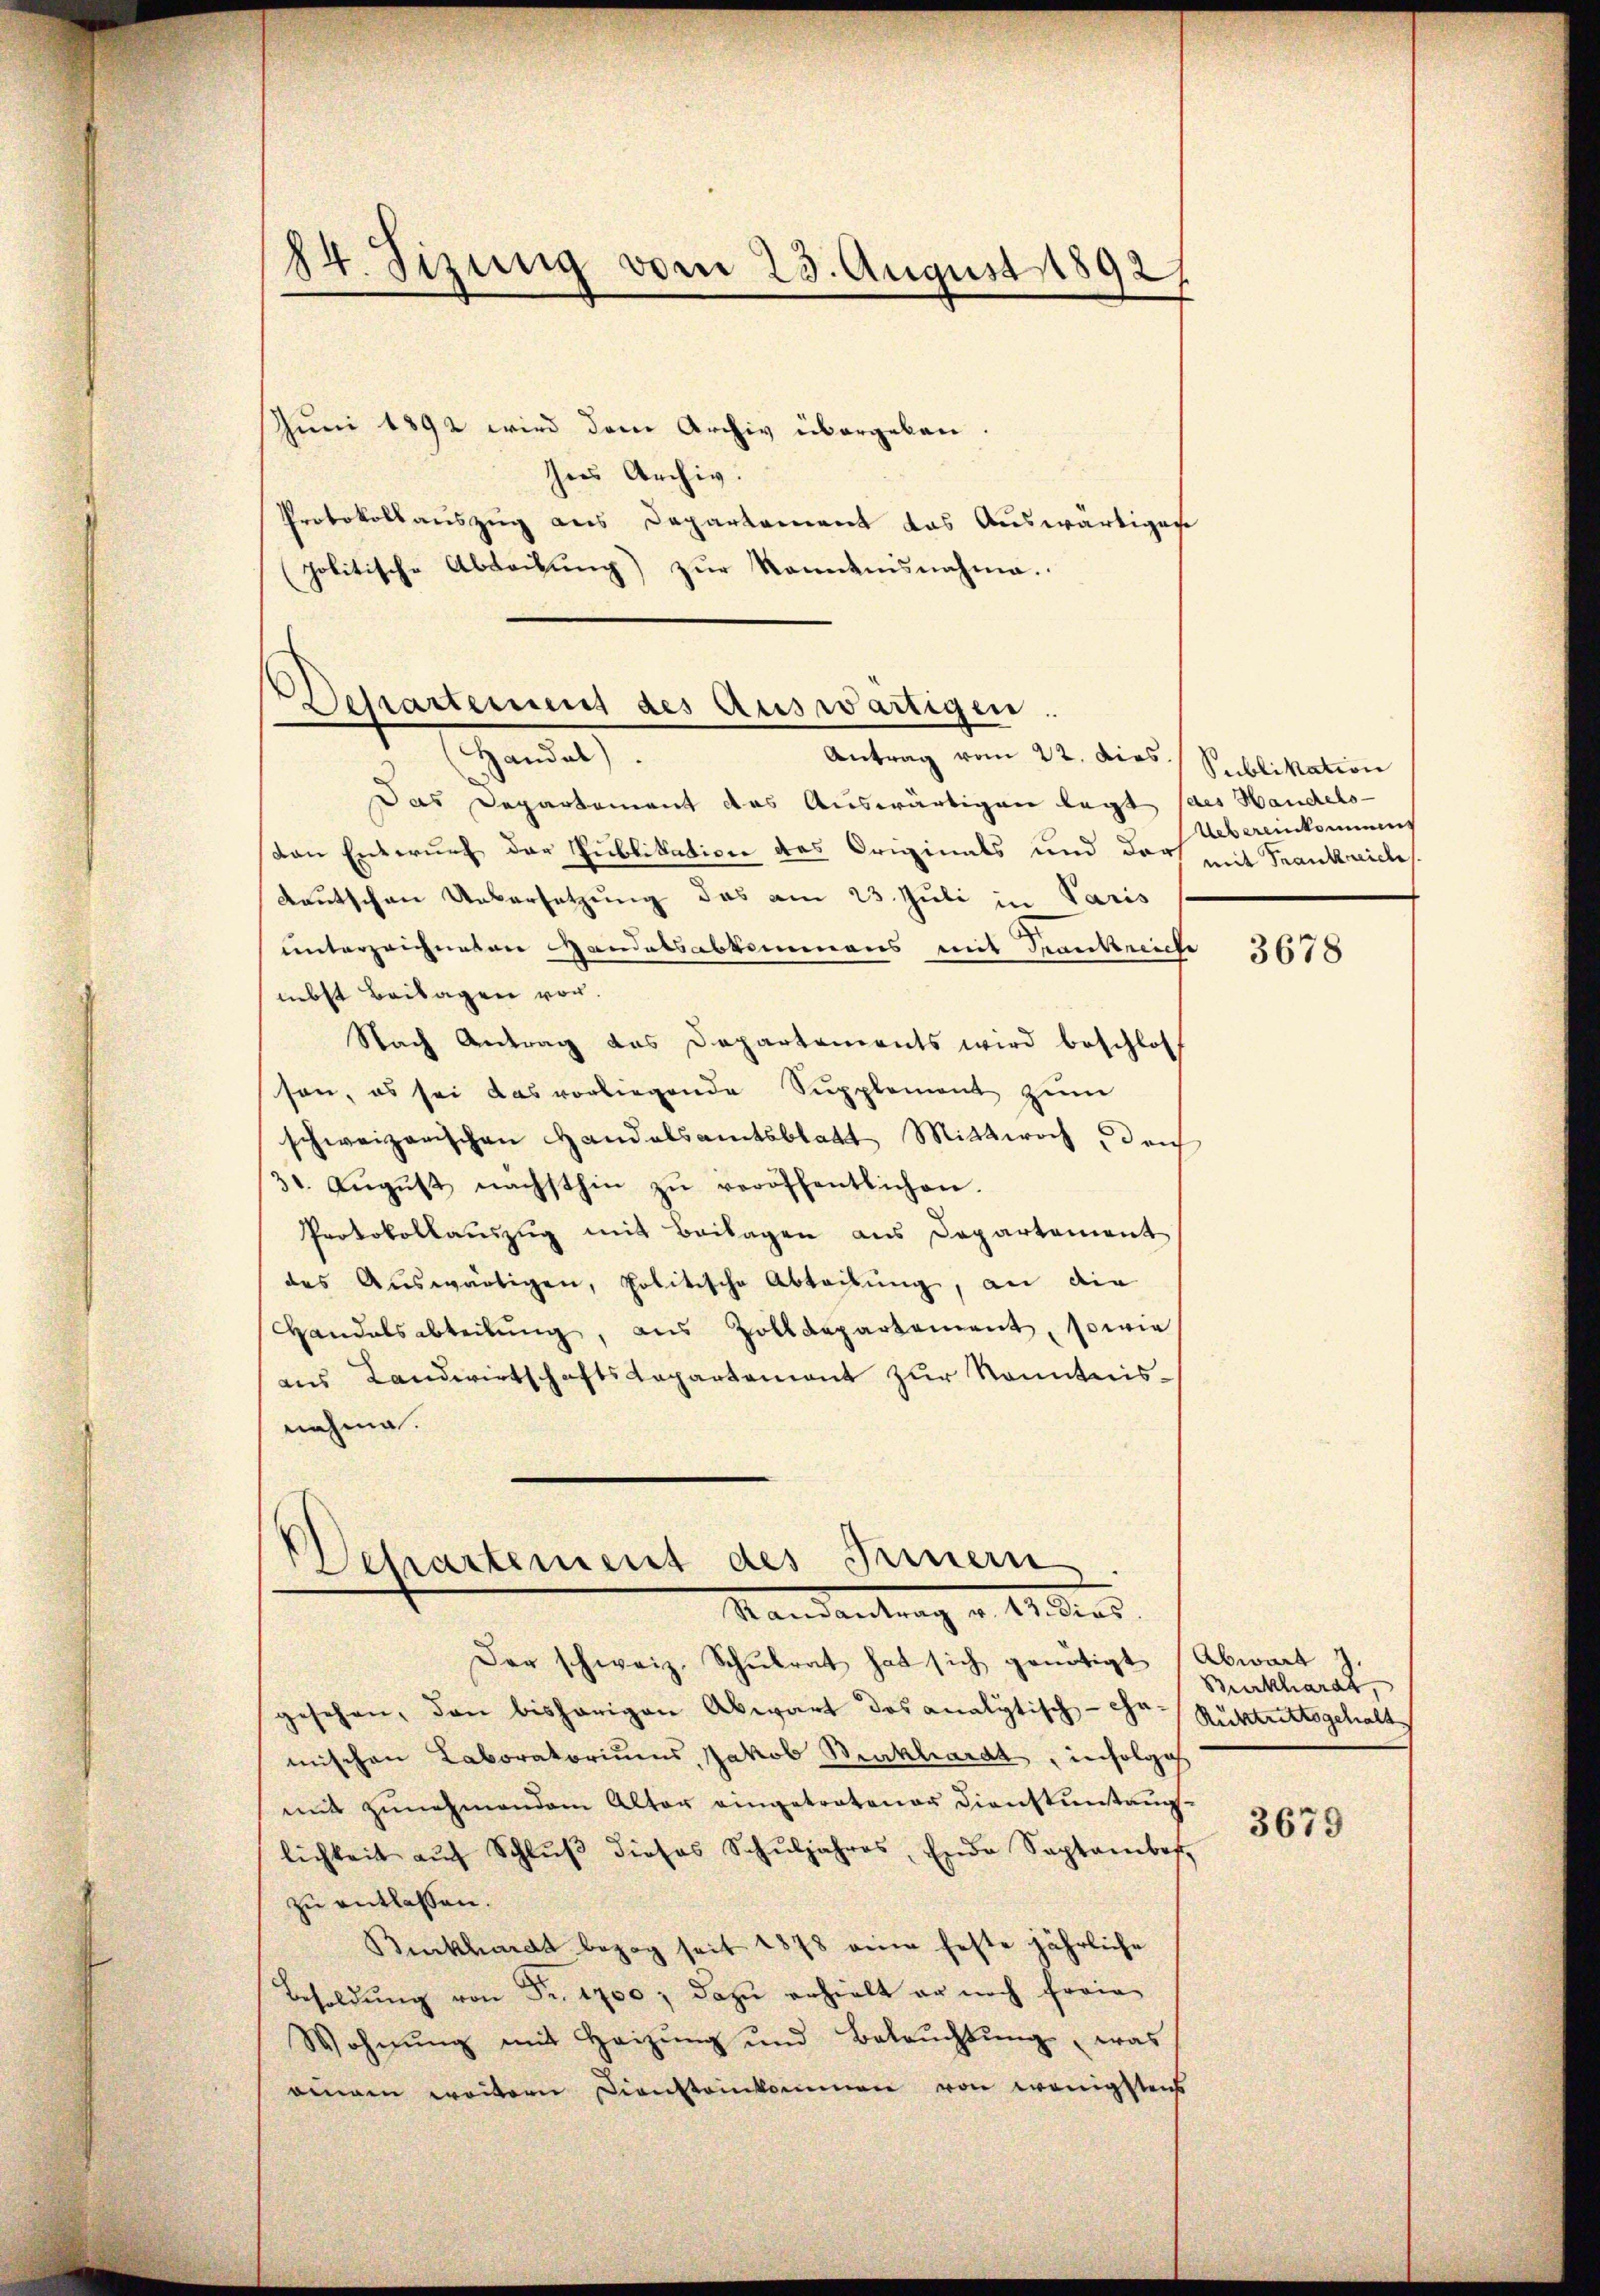
24. Sizung vom 23. August 1892

Juni 1892 wird dem Archiv übergeben
hees Archiv.
Protokollauszug aus Departement das Auswärtiger
politische Abtribung) zŭr Romanisnahme.

Dessarteinen des Auswärtigen.
Handel).
Antrag vom 22. dies Publikation

Das Departement des Auswärtigen legt des Handels-
Von Entwurf der Publikation des Originals und darf mit Frankreiches
deutschen Uebersetzung das am 23. Juli in Paris
unterzeichneten Handelsabkommens mit Frankreiche
mbst Beilagen vor.
Nach Antrag des Departements wird beschlos
son, es sei das vorliegende Supplement zŭm
schweizerischen Handalsamtsblatt Mittwoch drich
31. Aŭgŭst nächsthin zŭ veröffentlichen.
Protokollauszug mit Beilagen aus Departement
des Auswärtigen, politische Abteilung, an die
Handelsabteilung, aus Zolldepartement, sowie
ans Landwirtschaftskapartement zur Kenntnisnahme.

chartement des Innern
Mandantrag v. 1. dies

Der schweiz. Schulrat hat sich genötigt (Abwart
gesehen, den bisherigen Abwart des analytisch-Gr. Rüktuttogehalt
mischen Laboratoriums, Jakob Burkhardt, infolges
mit zunehmendem Alter eingetrotener Dienstuntauglichkeit aŭf Schlŭβ dieses Schŭljahres, Ende September
zu entlassen.
Burkhardt bezog seit 1878 eine feste jährliche
Besoldŭng von Fr. 1700; dazu erhielt er noch freie
Wohnŭng mit Heizŭng und Beleŭchtŭng, was
eine weitern Diensteinkommen von wenigstens

Uebereinkomms

3678

Burkhardt,

3679